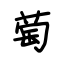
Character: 萄